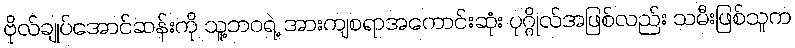
ဗိုလ်ချုပ်အောင်ဆန်းကို သူ့ဘဝရဲ့ အားကျစရာအကောင်းဆုံး ပုဂ္ဂိုလ်အဖြစ်လည်း သမီးဖြစ်သူက